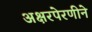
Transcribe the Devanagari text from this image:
अक्षरपेरणीने